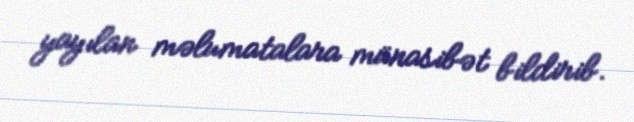
yayılan məlumatalara münasibət bildirib.